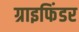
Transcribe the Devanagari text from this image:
ग्राइफिंडर